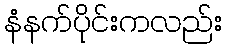
နံနက်ပိုင်းကလည်း